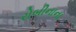
રોબીનાના